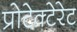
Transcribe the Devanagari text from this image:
प्रोटेक्टेरेट